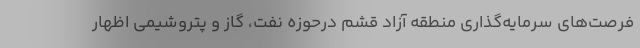
فرصت‌های سرمایه‌گذاری منطقه آزاد قشم درحوزه نفت، گاز و پتروشیمی اظهار